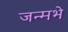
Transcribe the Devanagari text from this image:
जन्मभे